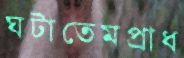
ঘটাতেমপ্রাধ